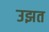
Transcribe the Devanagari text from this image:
उझत